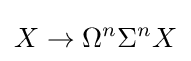
X\to \Omega ^{n}\Sigma ^{n}X